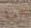
أحد